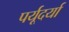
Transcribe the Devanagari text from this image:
पर्यूदर्या